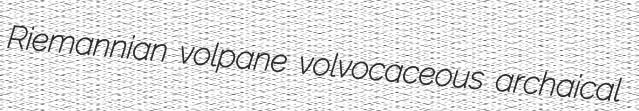
Riemannian volpane volvocaceous archaical